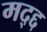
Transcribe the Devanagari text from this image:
मद्द्द